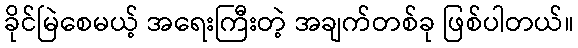
ခိုင်မြဲစေမယ့် အရေးကြီးတဲ့ အချက်တစ်ခု ဖြစ်ပါတယ်။